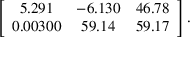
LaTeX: \left[ { \begin{array} { c c c } { 5 . 2 9 1 } & { - 6 . 1 3 0 } & { 4 6 . 7 8 } \\ { 0 . 0 0 3 0 0 } & { 5 9 . 1 4 } & { 5 9 . 1 7 } \end{array} } \right] .